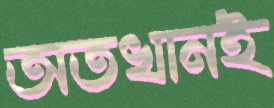
অতখানই